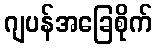
ဂျပန်အခြေစိုက်